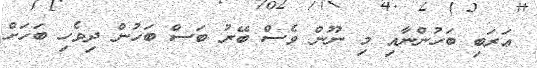
ޢަރަބި ބަހުންނާއި މި ނޫން ވެސް ބޭރު ބަސް ބަހުން ދިވެހި ބަހަށް